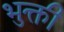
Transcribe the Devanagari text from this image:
भुक्ती